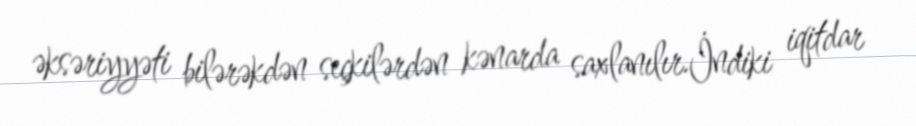
əksəriyyəti bilərəkdən seçkilərdən kənarda saxlanılır.İndiki iqitdar